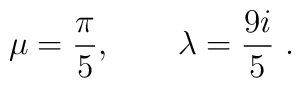
\mu={\pi\over5},\qquad \lambda={9i\over5}\ .